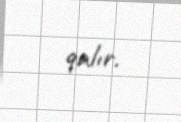
qalır.